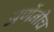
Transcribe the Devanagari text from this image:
अणेंनीच